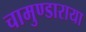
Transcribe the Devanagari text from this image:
चामुण्डाराया